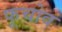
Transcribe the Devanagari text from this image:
फूचोव